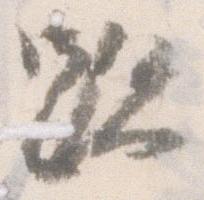
跡